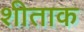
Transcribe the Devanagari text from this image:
शीताक